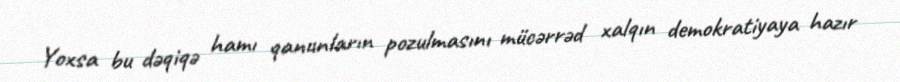
Yoxsa bu dəqiqə hamı qanunların pozulmasını mücərrəd xalqın demokratiyaya hazır